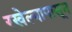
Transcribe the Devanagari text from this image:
रखेल्यापासून